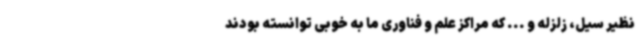
نظیر سیل، زلزله و ... که مراکز علم و فناوری ما به خوبی توانسته بودند